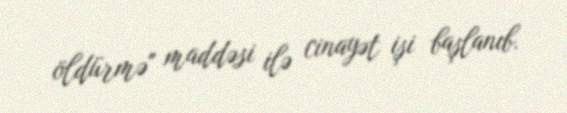
öldürmə'' maddəsi ilə cinayət işi başlanıb.